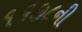
૧૬૭૮ની